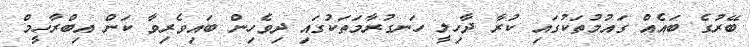
ބޭރުގެ ބައެއް ގައުމުތަކުގައި ކުރާ ދާހިލީ ހަނގުރާމަތަކުގައި ދިވެހިން ބައިވެރިވާ ކަން އިބްރާހީމް